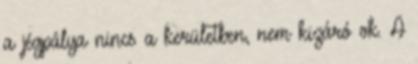
a jégpálya nincs a kerületben, nem kizáró ok. A